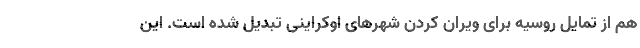
هم از تمایل روسیه برای ویران کردن شهرهای اوکراینی تبدیل شده است. این